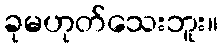
ခုမဟုတ်သေးဘူး။